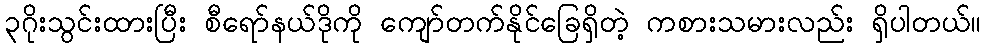
၃ဂိုးသွင်းထားပြီး စီရော်နယ်ဒိုကို ကျော်တက်နိုင်ခြေရှိတဲ့ ကစားသမားလည်း ရှိပါတယ်။